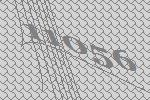
11056